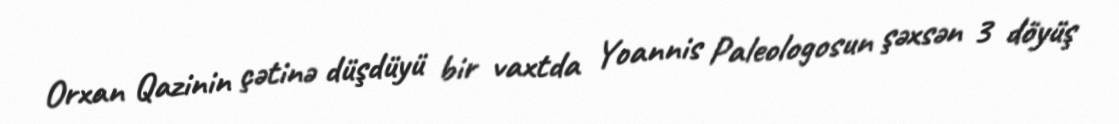
Orxan Qazinin çətinə düşdüyü bir vaxtda Yoannis Paleologosun şəxsən 3 döyüş